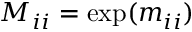
M _ { i i } = \exp ( m _ { i i } )